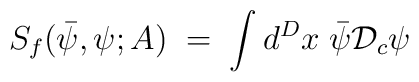
S_f({\bar\psi},\psi;A) \;=\;\int d^Dx \; {\bar\psi}{\mathcal D}_c \psi